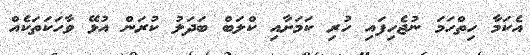
އެކަމާ ހިތްހަމަ ނުޖެހިފައި ހުރި ކަމަށާއި ކްލަބް ބަދަލު ކުރަން އުޅޭ ވާހަކަތަކެއް